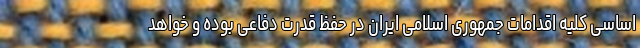
اساسی کلیه اقدامات جمهوری اسلامی ایران در حفظ قدرت دفاعی بوده و خواهد